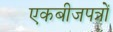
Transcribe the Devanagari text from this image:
एकबीजपत्रों